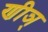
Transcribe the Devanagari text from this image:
णीञ्